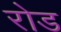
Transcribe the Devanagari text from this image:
रोड